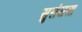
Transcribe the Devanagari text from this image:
सुसंयत्ता